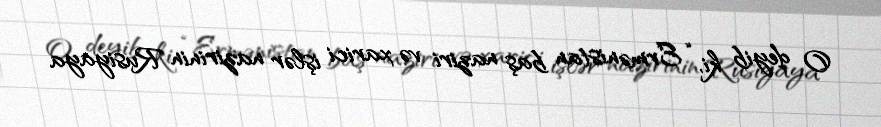
O deyib ki, “Ermənistan baş naziri və xarici işlər nazirinin Rusiyaya